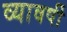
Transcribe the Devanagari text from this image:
व्यावर्षी